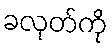
ခလုတ်ကို